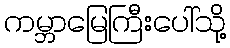
ကမ္ဘာမြေကြီးပေါ်သို့